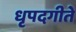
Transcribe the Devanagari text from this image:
धृपदगीते